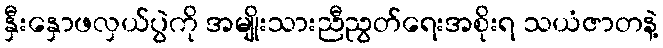
နှီးနှောဖလှယ်ပွဲကို အမျိုးသားညီညွတ်ရေးအစိုးရ သယံဇာတနဲ့